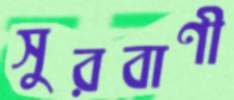
সুরবাণী